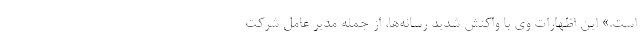
است.» این اظهارات وی با واکنش شدید رسانه‌ها، از جمله مدیر عامل شرکت